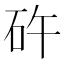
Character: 𥐭